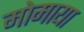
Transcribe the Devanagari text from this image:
मोमाया